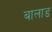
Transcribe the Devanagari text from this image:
बालाड